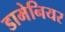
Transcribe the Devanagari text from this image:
डामेनियर